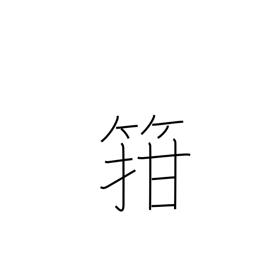
Meaning: fit into